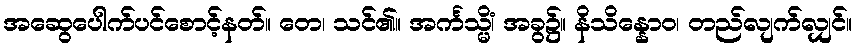
အဆွေပေါက်ပင်စောင့်နတ်။ တေ၊ သင်၏။ အင်္ကသ္မိံ၊ အခွ၌။ နိသိန္နောဝ၊ တည်လျက်လျှင်။